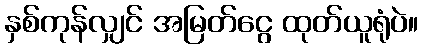
နှစ်ကုန်လျှင် အမြတ်ငွေ ထုတ်ယူရုံပဲ။